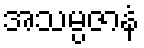
အသမ္ပဇာနံ